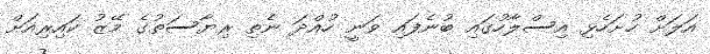
އަލަށް ހުށަހެޅި އިސްލާހުގައި ބުނެފައި ވަނީ ހުއްދަ ނެތި ރިޔާސަތުގެ މޭޒު ކައިރިއަށް